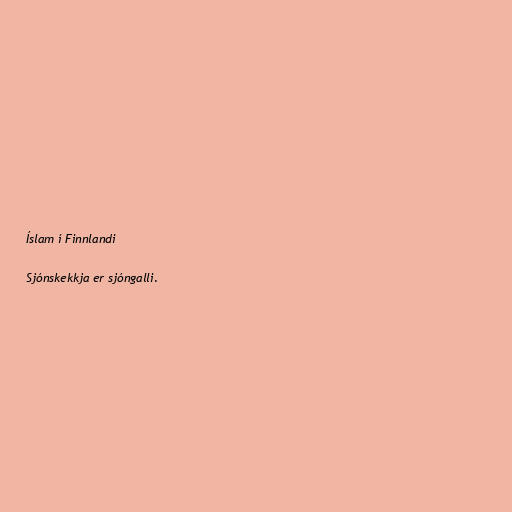
Íslam í Finnlandi

Sjónskekkja er sjóngalli.